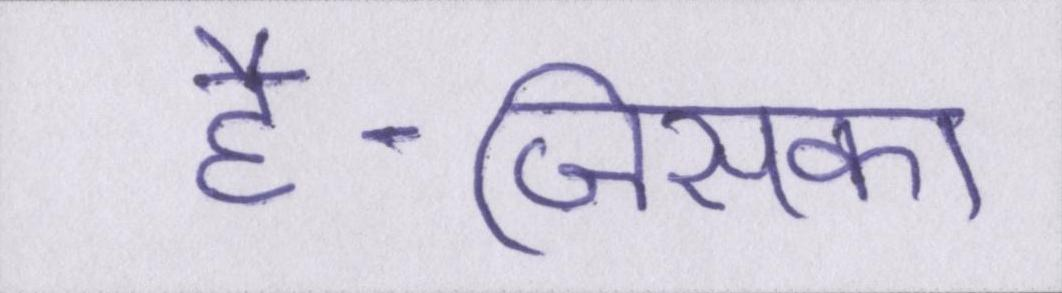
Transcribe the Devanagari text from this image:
है-जिसका